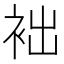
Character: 袦